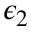
\epsilon _ { 2 }